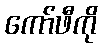
ကော်ဖီကို